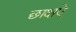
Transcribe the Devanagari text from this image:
छाक्षऐ